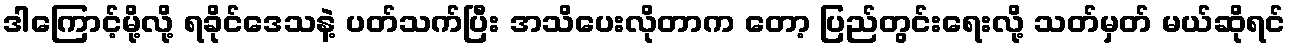
ဒါကြောင့်မို့လို့ ရခိုင်ဒေသနဲ့ ပတ်သက်ပြီး အသိပေးလိုတာက တော့ ပြည်တွင်းရေးလို့ သတ်မှတ် မယ်ဆိုရင်